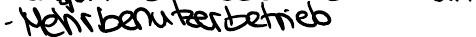
- Mehrbenutzerbetrieb